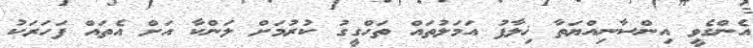
އެންގެވީ އިންސާނިއްޔަތާ ޚިލާފު އަމަލުތައް ތަހްގީގު ކުރުމަށް ލަންކާ އަށް އެތައް ފަހަރަކު